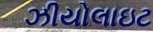
ઝીયોલાઇટ